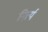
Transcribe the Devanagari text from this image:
निर्त्य